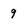
Character: 9